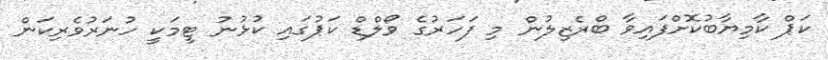
ކަޕް ކާމިޔާބުކޮށްފައިވާ ބްރެޒިލުން މި ފަހަރުގެ ވޯލްޑް ކަޕުގައި ކުޅުނު ޓީމަކީ ހުނަރުވެރިކަން